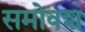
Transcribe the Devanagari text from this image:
समोवश